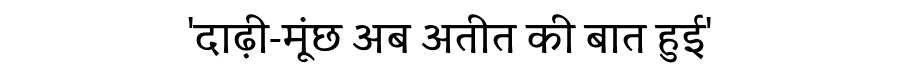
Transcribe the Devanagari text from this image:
'दाढ़ी-मूंछ अब अतीत की बात हुई'